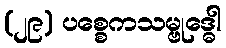
(၂၉) ပစ္စေကသမ္ဗုဒ္ဓေါ